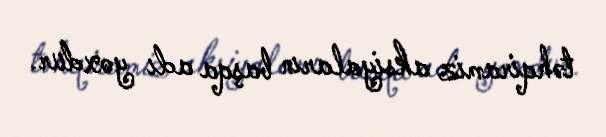
təhqiramiz aksiyaların başqa adı yoxdur.